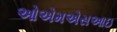
ઓએમએસઆઇ